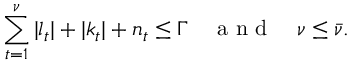
\sum _ { t = 1 } ^ { \nu } | l _ { t } | + | k _ { t } | + n _ { t } \leq \Gamma \quad \mathrm { ~ a ~ n ~ d ~ } \quad \nu \leq \bar { \nu } .